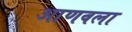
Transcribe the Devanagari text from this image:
आणवला